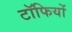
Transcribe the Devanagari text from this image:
टॉफियों